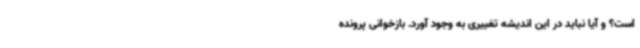
است؟ و آیا نباید در این اندیشه تغییری به وجود آورد. بازخوانی پرونده